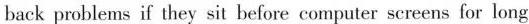
back problems if they sit before computer screens for long